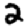
Digit: 2